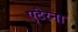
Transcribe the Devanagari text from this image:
एटेरना